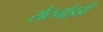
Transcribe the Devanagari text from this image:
सैंटर्नाइडी